Report on horse surra - Volume I
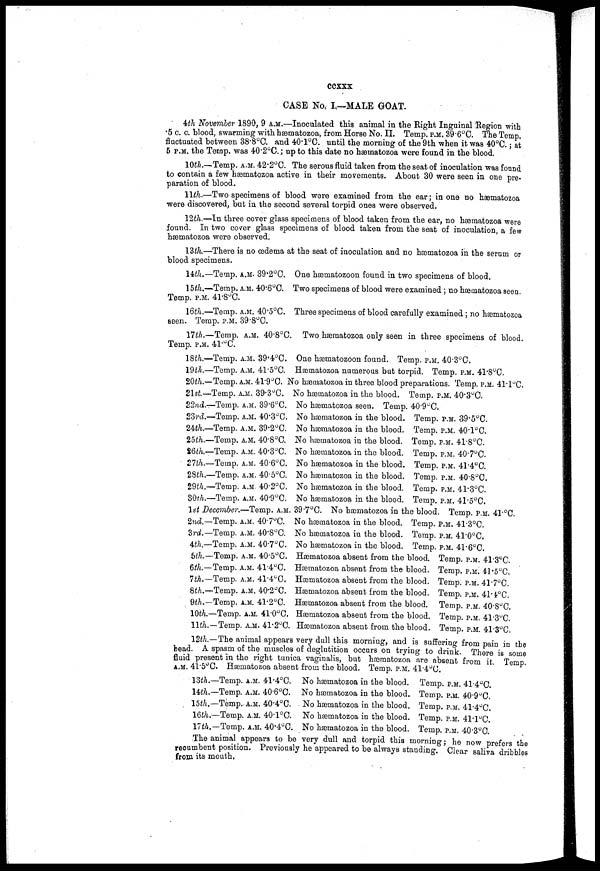
ccxxx
CASE No. I.—M ALE GOAT.
4th November 1890, 9 A.M.—Inoculated this animal in the Right Inguinal Region with
5 c. c. blood, swarming with hæmatozoa, from Horse No. II. Temp. P.M. 39.6°C. The Temp.
fluctuated between 38.8°C. and 40.1°C. until the morning of the 9th when it was 40°C.; at
5 P.M. the Temp. was 40.2°C.; up to this date no hæmatozoa were found in the blood.
10th.—Temp. A.M. 42.2°C. The serous fluid taken from the seat of inoculation was found
to contain a few hæmatozoa active in their movements. About 30 were seen in one pre-
paration of blood.
11th.—Two specimens of blood were examined from the ear; in one no hæmatozoa
were discovered, but in the second several torpid ones were observed.
12th.—In three cover glass specimens of blood taken from the ear, no hæmatozoa were
found. In two cover glass specimens of blood taken from the seat of inoculation, a few
hæmatozoa were observed.
13th.—There is no œdema at the seat of inoculation and no hæmatozoa in the serum or
blood specimens.
14th.—Temp. A.M. 39.2°C. One hæmatozoon found in two specimens of blood.
15th.—Temp. A.M. 40.6°C. Two specimens of blood were examined ; no hæmatozoa seen.
Temp. P.M. 41.8°C.
16th.—Temp. A.M. 40.5°C. Three specimens of blood carefully examined ; no hæmatozoa
seen. Temp. P.M. 39.8°C.
17th.—Temp. A.M. 40.8°C. Two hæmatozoa only seen in three specimens of blood.
Temp. P.M. 41.°C.
18th.
19th.
20th.
21st.
22nd
23rd.
24th.
25th.
26th.
27th.
28th.
29th.
30th.
—Temp. A.M.
—Temp. A.M.
—Temp. A.M.
—Temp. A.M.
—Temp. A.M.
—Temp. A.M.
—Temp. A.M.
—Temp. A.M.
—Temp. A.M.
—Temp. A.M.
—Temp. A.M.
—Temp. A.M.
—Temp. A.M.
39.4°C.
41.5°C.
41.9°C.
39.3°C.
39.6°C.
40.3°C.
39.2°C.
40.8°C.
40.3°C.
40.6°C.
40.5°C.
40.2°C.
40.9°C.
1st December.—Temp. A.M.
2nd..
3rd.
4th.
5th.
6th.
7th.
8th.
9th.
10th.
11th.
—Temp. A.M.
—Temp. A.M.
—Temp. A.M.
—Temp. A.M
—Temp. A.M.
—Temp. A.M.
—Temp. A.M
—Temp. A.M.
—Temp. A.M.
—Temp. A.M.
40.7°C.
40.8°C.
40.7°C.
40.5°C.
41.4°C.
41.4°C.
40.2°C.
41.2°C.
41.0°C.
41.2°C.
One hæmatozoon found. Temp. P.M. 40.3°C.
Hæmatozoa numerous but torpid. Temp. P.M. 41.8°C.
No hæmatozoa in three blood preparations. Temp. P.M. 41.1°C.
No hæmatozoa in the blood. Temp. P.M. 40.3°C.
No hæmatozoa seen. Temp. 40.9°C.
No hæmatozoa in the blood. Temp. P.M. 39.5°C.
No hæmatozoa in the blood. Temp. P.M. 40.1°C.
No hæmatozoa in the blood. Temp. P.M. 41.8°C.
No hæmatozoa in the blood. Temp. P.M. 40.7°C.
No hæmatozoa in the blood. Temp. P.M. 41.4°C.
No hæmatozoa in the blood. Temp. P.M. 40.8°C.
No hæmatozoa in the blood. Temp. P.M. 41.3°C.
No hæmatozoa in the blood. Temp. P.M. 41.5°C.
39.7°C. No hæmatozoa in the blood. Temp. P.M. 41.°C.
No hæmatozoa in the blood. Temp. P.M. 41.3°C.
No hæmatozoa in the blood. Temp. P.M. 41.0°C.
No hæmatozoa in the blood. Temp. P.M. 41.6°C.
Hæmatozoa absent from the blood. Temp. P.M. 41.3°C.
Hæmatozoa absent from the blood. Temp. P.M. 41.5°C.
Hæmatozoa absent from the blood. Temp. P.M. 41.7°C.
Hæmatozoa absent from the blood. Temp. P.M. 41.4°C.
Hæmatozoa absent from the blood. Temp. P.M. 40.8°C.
Hæmatozoa absent from the blood. Temp. P.M. 41.3°C.
Hæmatozoa absent from the blood. Temp. P.M. 41.3°C.
12th.—The animal appears very dull this morning, and is suffering from pain in the
head. A spasm of the muscles of deglutition occurs on trying to drink. There is some
fluid present in the right tunica vaginalis, but hæmatoza are absent from it. Temp.
A.M. 41.5°C. hæmatozoa absent from the blood. Temp. P.M.41.4°C.
13th.
14th.
15th.
16th.
17th.
—Temp. A.M. 41.4°C.
—Temp. A.M. 40.6°C.
—Temp. A.M. 40.4°C.
—Temp. A.M. 40.1°C.
—Temp. A.M. 40.4°C.
No hæmatozoa in the blood. Temp. P.M. 41.4°C.
No hæmatozoa in the blood. Temp. P.M. 40.9°C.
No hæmatozoa in the blood. Temp. P.M. 41.4°C.
No hæmatozoa in the blood. Temp. P.M. 41.1°C.
No hæmatozoa in the blood. Temp. P.M. 40.3°C.
The animal appears to be very dull and torpid this mornining ; he now prefers the
recumbent position. Previously he appeared to be always standing. Clear saliva dribbles
from its
mouth.